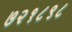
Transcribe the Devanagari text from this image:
७२१८९८